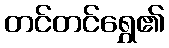
တင်တင်ရွှေ၏